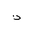
Letter: _thal